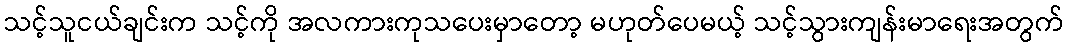
သင့်သူငယ်ချင်းက သင့်ကို အလကားကုသပေးမှာတော့ မဟုတ်ပေမယ့် သင့်သွားကျန်းမာရေးအတွက်